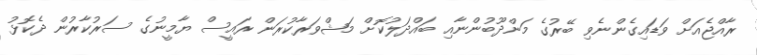
ރާއްޖެއަށް ވަޑައިގެންނެވި ބޭރުގެ މަންދޫބުންނާއި ބައްދަލުކޮށް މަޝްވަރާކުރަން ރައީސް ޔާމީނުގެ ސަރުކާރުން ދެކޮޅު